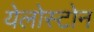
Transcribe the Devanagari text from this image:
येलोस्टोन